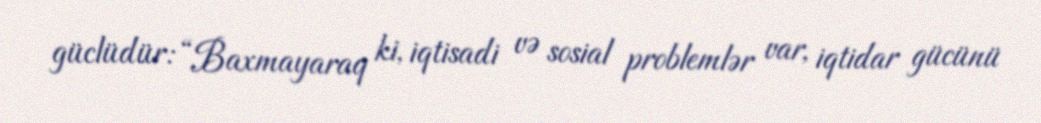
güclüdür: “Baxmayaraq ki, iqtisadi və sosial problemlər var, iqtidar gücünü